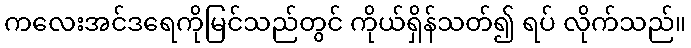
ကလေးအင်ဒရေကိုမြင်သည်တွင် ကိုယ်ရှိန်သတ်၍ ရပ် လိုက်သည်။